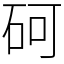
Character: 砢